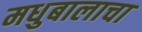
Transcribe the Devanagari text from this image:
मधुबालाचा